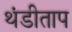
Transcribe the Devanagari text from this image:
थंडीताप